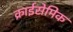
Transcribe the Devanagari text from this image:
क्राईसेमिक